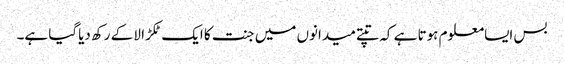
بس ایسامعلوم ہوتا ہے کہ تپتے میدانوں میں جنت کا ایک ٹکڑا لا کے رکھ دیاگیا ہے۔